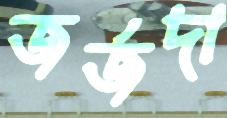
জর্জদা